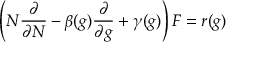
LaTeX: \left( N { \frac { \partial } { \partial N } } - \beta ( g ) { \frac { \partial } { \partial g } } + \gamma ( g ) \right) F = r ( g )